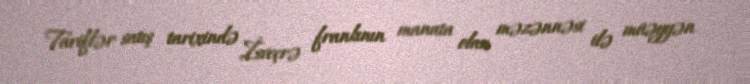
Tariflər satış tarixində İsveçrə frankının manata olan məzənnəsi ilə müəyyən